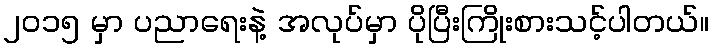
၂၀၁၅ မှာ ပညာရေးနဲ့ အလုပ်မှာ ပိုပြီးကြိုးစားသင့်ပါတယ်။